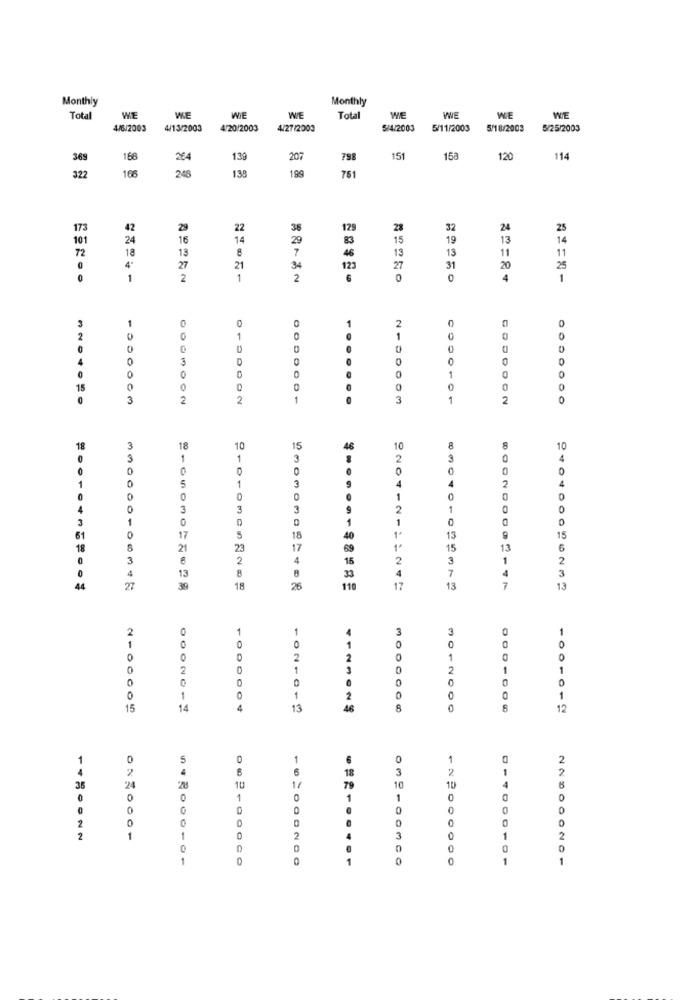
Monthly
Monthly
Total
WE
WE
WIE
WIE
Tota
WE
WE
WE
WE
4/6/2003
4/13/2003
4/20/2003
4/27/2003
5/4/2003
5/11/2003
5/18/2003
5/25/2003
369
168
264
1.39
207
798
151
158
120
114
106
248
138
199
761
322
173
42
29
22
36
12
28
32
24
25
101
24
16
14
29
83
15
19
13
14
72
18
13
8
7
13
13
11
11
4ª
27
21
34
123
27
31
20
25
1
2
1
2
0
4
1
C
2
1
0
0
0
0
D
215
0
0
D
0
0
0
0
0
0
1
15
0
0
3
OON
2
1
3
1
ON
0
3
18
10
15
46
3
1
1
3
3
0
1
0
1
3
0
0
0
0
4
3
3
1
01
0
0
17
5
18
40
13
18
21
23
7
59
15
3
3
2
4
16
3
4
13
7
33
27
3
18
26
110
220412111241
13
7
140400056202
2
1
1
3
3
2
2
1
0
1
3
0
2
1
ONE
O
0
0
-
1
2
100005
14
4
13
A6
8
1001019
1
0
5
1
6
1
2
2
4
6
6
18
3
2
2
35
24
10
14
79
10
0
1
0
1
0
0
0
0
2
0
0
0
2
1
1
3
0
0
1
0
ONCO
4.1
0
114000101
000201